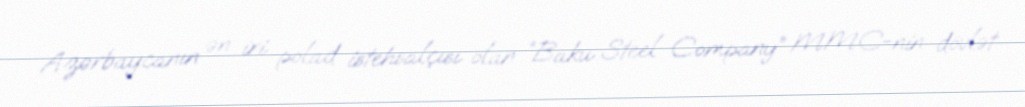
Azərbaycanın ən iri polad istehsalçısı olan “Baku Steel Company” MMC-nin dövlət